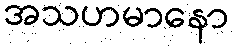
အသဟမာနော